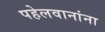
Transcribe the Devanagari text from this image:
पहेलवानांना